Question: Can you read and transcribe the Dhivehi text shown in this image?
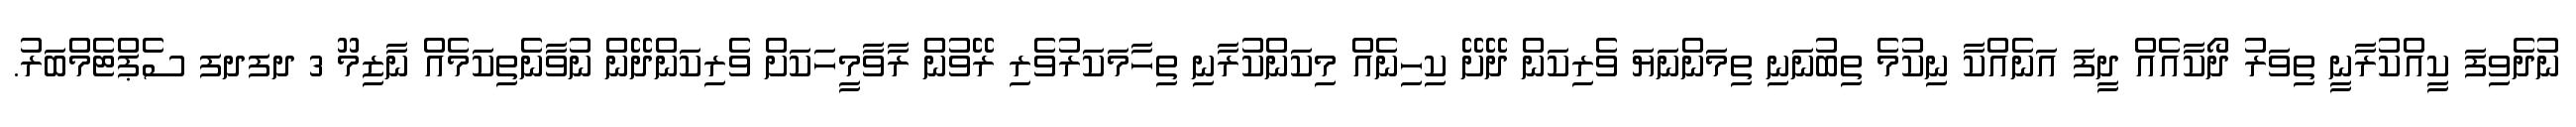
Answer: ނުދެވިފަ ކީއްކުރާނީ ތިވަރު ދޯކާއެއް ދީފަ އަނެއްކާ ނިކުމެ ތިބުނަނި ތިމަންނަޔަ ވެރިކަން ދޭށޭ ކިހިނެއް މިކަންކުރާނި ތިހާމަކަރުވެރި ރޭވުން ރާވާމީހަކަށް ވެރިކަންދޭން ނުވާނެތިކަމެއް ނާޒިމޫ 3 ދފދފ ސެޕްޓެމްބަރު.